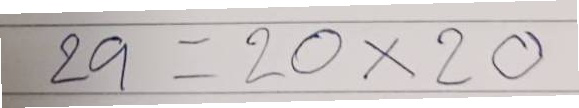
29 = 20x20